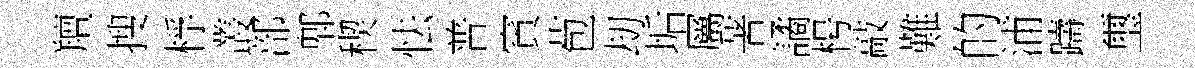
羶搜桴叢部郫稧怯普賓苞刧垢屬著譎枵敲難的浦躊璽